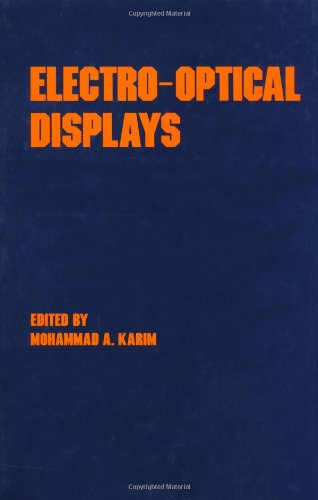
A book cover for Electro-Optical Displays (Optical Science and Engineering); Science & Math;